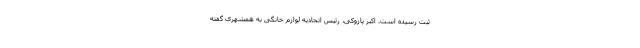
ثبت رسیده است. اکبر پازوکی، رئیس اتحادیه لوازم خانگی به همشهری گفته